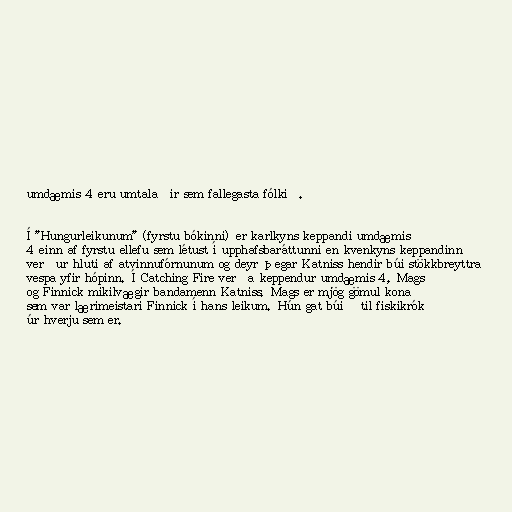
umdæmis 4 eru umtalaðir sem fallegasta fólkið.

Í "Hungurleikunum" (fyrstu bókinni) er karlkyns keppandi umdæmis
4 einn af fyrstu ellefu sem létust í upphafsbaráttunni en kvenkyns keppandinn
verður hluti af atvinnufórnunum og deyr þegar Katniss hendir búi stökkbreyttra
vespa yfir hópinn. Í Catching Fire verða keppendur umdæmis 4, Mags
og Finnick mikilvægir bandamenn Katniss. Mags er mjög gömul kona
sem var lærimeistari Finnick í hans leikum. Hún gat búið til fiskikrók
úr hverju sem er.